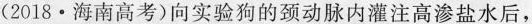
(2018·海南高考)向实验狗的颈动脉内灌注高渗盐水后，